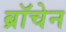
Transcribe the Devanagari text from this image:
ब्रॉचेन